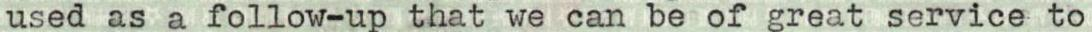
used as a follow-up that we can be of great service to